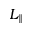
L _ { \parallel }